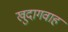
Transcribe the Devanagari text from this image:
खुदागवाह